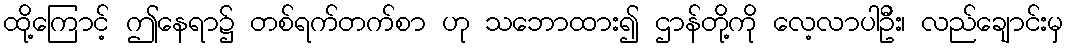
ထို့ကြောင့် ဤနေရာ၌ တစ်ရက်တက်စာ ဟု သဘောထား၍ ဌာန်တို့ကို လေ့လာပါဦး၊ လည်ချောင်းမှ